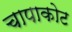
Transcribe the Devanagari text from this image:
चापाकोट